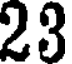
23